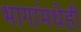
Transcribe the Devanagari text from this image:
भागांमधेही